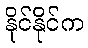
နိုင်နိုင်က